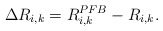
\begin{align*}\Delta R_{i,k}=R_{i,k}^{PFB}-R_{i,k}.\end{align*}